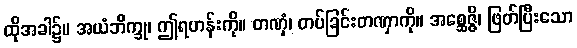
ထိုအခါ၌။ အယံဘိက္ခု၊ ဤရဟန်းကို။ တဏှံ၊ တပ်ခြင်းတဏှာကို။ အစ္ဆေဇ္ဇိ၊ ဖြတ်ပြီးသော